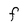
Character: F